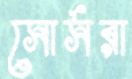
সোর্সরা